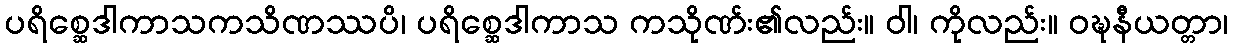
ပရိစ္ဆေဒါကာသကသိဏဿပိ၊ ပရိစ္ဆေဒါကာသ ကသိုဏ်း၏လည်း။ ဝါ၊ ကိုလည်း။ ဝဍ္ဎနီယတ္တာ၊